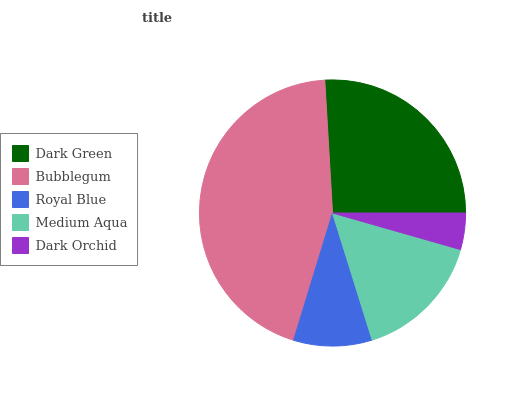
| Dark Green | Bubblegum | Royal Blue | Medium Aqua | Dark Orchid |
 | --- | --- | --- | --- | --- |
 | 25.9% | 44.4% | 9.53% | 15.7% | 4.42% |